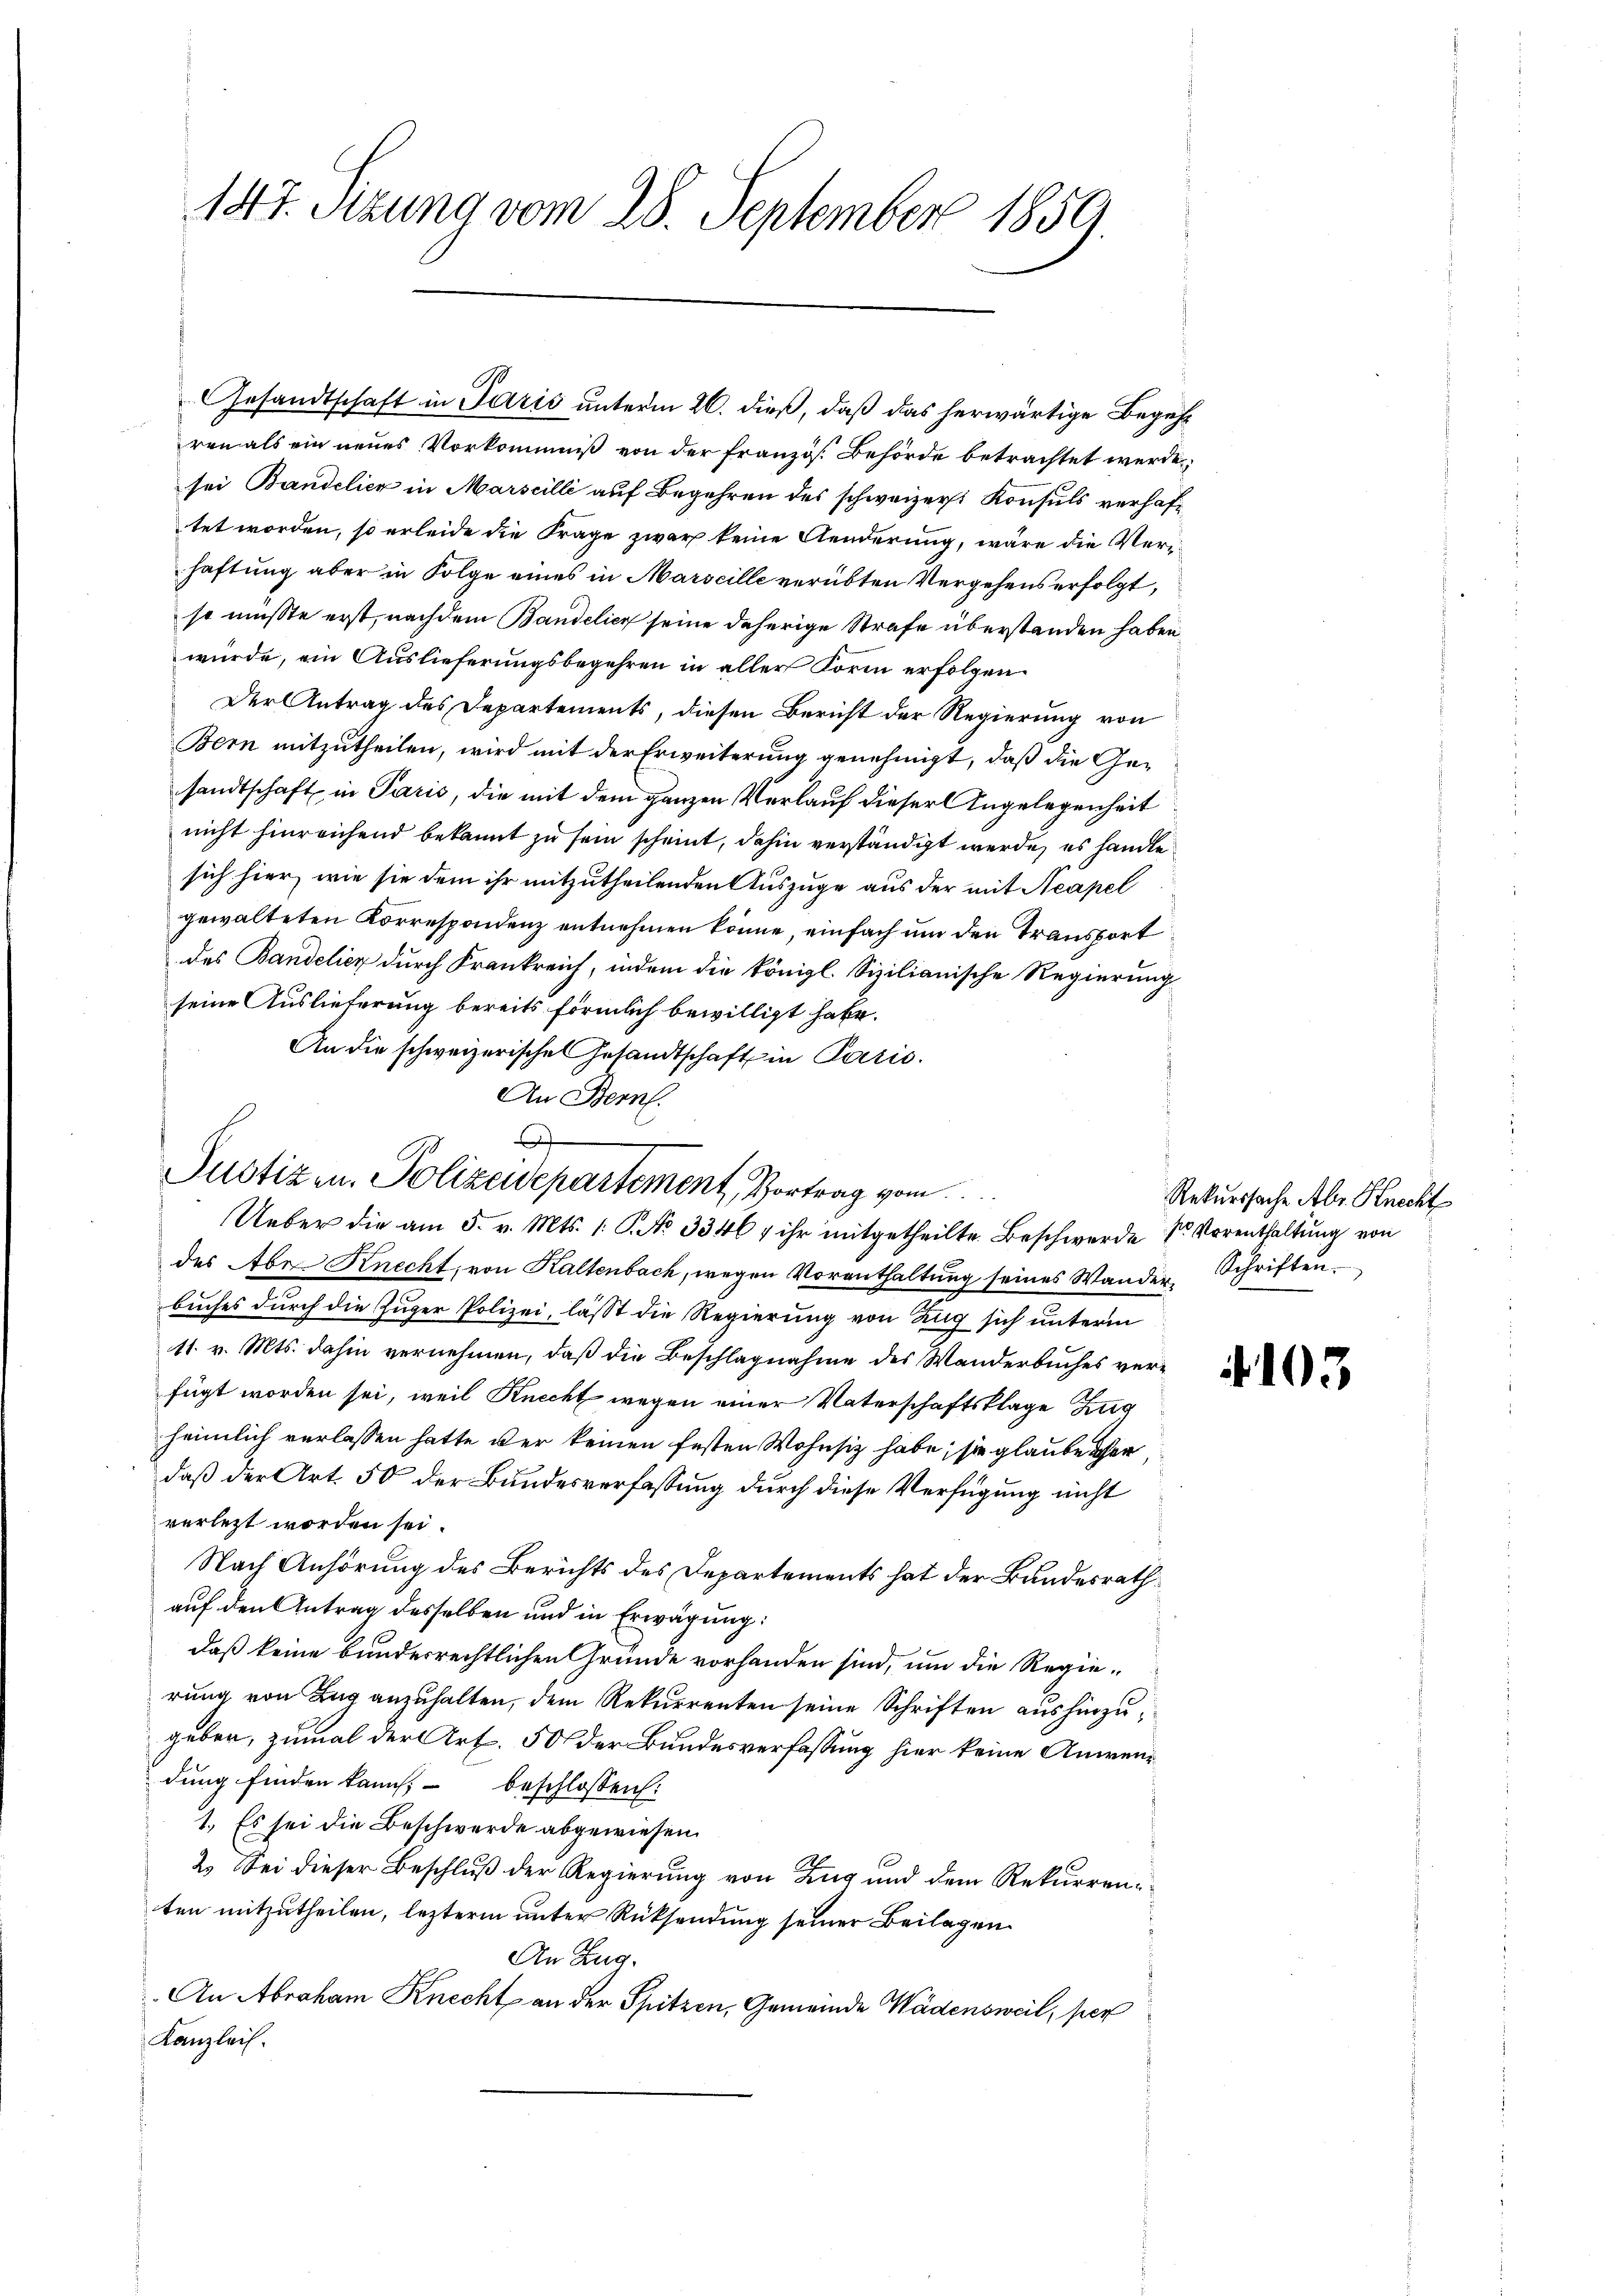
147. Stzung vom 28. September 1859.

des Bandelicz durch Frankreich, indem die königl. Sizilianische Regierung
seine Auslieferung bereits förmlich bewilligt habe.
An die schweizerisches Gesandtschaft in Paris.
An Bern.
des Aber Knecht, von Kaltenbach, wegen Vorenthaltŭng seines Wander. Schriften.
buches durch die Zuger Polizei, lässt die Regierung von Zug sich unterm
11. v. Mts. dahin vernehmen, daß die Beschlagnahme des Wanderbuches verfügt worden sei, weil Knecht wegen einer Vaterschaftsklage Zug
heimlich verlassen hatte der keinen festen Wohnsitz habe, sie glaube ihn
daß der Art. 50 der Bundesverfassung durch diese Verfügung nicht
verletzt worden sei.
Nach Anhörung des Berichts des Departements hat der Bundesrath
auf den Antrag desselben und in Erwägung:
daß keine bundesrechtlichen Grunde vorhanden sind, um die Regierung von Lug anzuhalten, dem Rekurrenten seine Schriften aushinzuguber, zumal der Art. 50 der Bundesverfassung hier keine Anwendung finden kann; beschlossen:
1.) Es sei die Beschwerde abgewiesen.
2. Sei dieser Beschluß der Regierung von Zug und dem Rekurrenten mitzutheilen, lezterm unter Rücksendung seiner Beilagen
An Zug.
An Abraham Knecht an der Spitzen, Gemeinde Wädensweil, per
Kanzlei.

Gesandtschaft in Paris unterm 26. dieß, daß das herwärtige Begehren als ein neues Vorkommniß von der französ. Behörde betrachtet werde,
sei Bandelich in Marscilli auf Begehren des schweizer Konsuls verhaftet worden, so erleide die Frage zwar keine Aenderung, wäre die Verhaftung aber in Folge eines in Marseille verübten Vergehens erfolgt,
so müsste erst, nachdem Bandelich seine daherige Strafe überstanden haben,
würde, ein Auslieferungsbegehren in aller Form erfolgen
Der Antrag des Departements, diesen Bericht der Regierung von
Bern mitzutheilen, wird mit der Erweiterung genehmigt, daß die Gesandtschaft in Paris, die mit dem ganzen Verlauf dieser Angelegenheit
nicht hinreichend bekannt zu sein scheint, dahin verständigt werde, es handle
sich hier, wie sie dem ihr mitzutheilenden Auszüge aus der mit Aeapel
gewalteten Korrespondenz entnehmen könne, einfach um den Transport

A
Justizen, Polizeidepartement, Vortrag vom
Ueber die am 5. v. Mts. 1. P. No. 3346, ihr mitgetheilte Beschwerde sr Vorenthaltung von

Rekurssache Abs. Knecht

4103